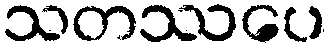
သတဿပေ